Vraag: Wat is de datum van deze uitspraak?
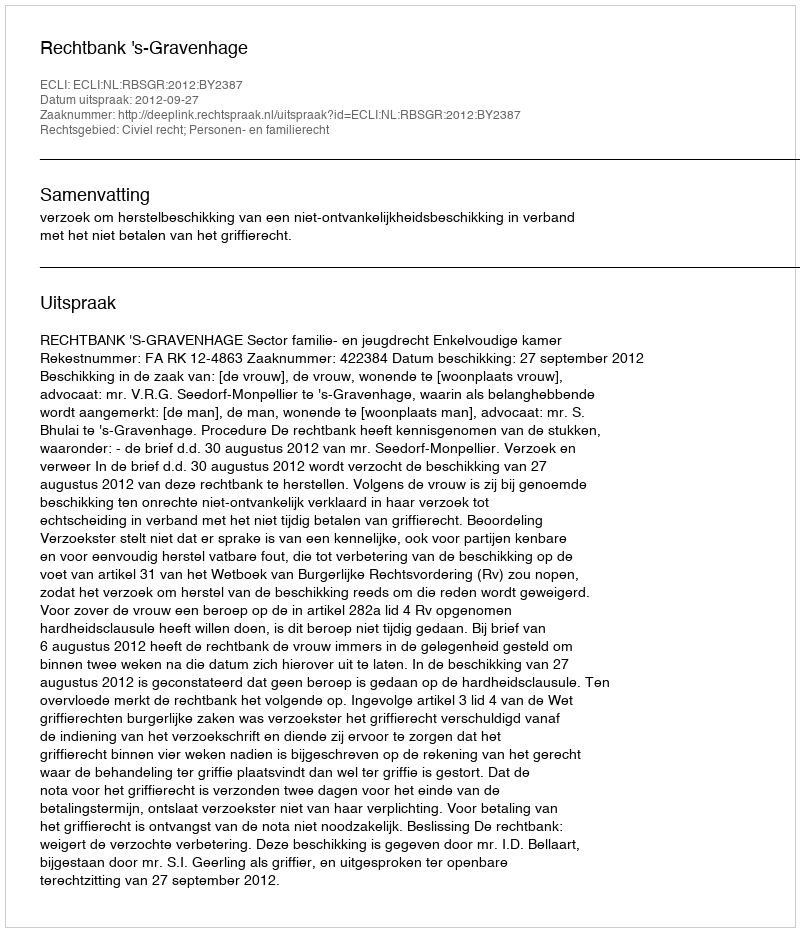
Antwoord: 2012-09-27